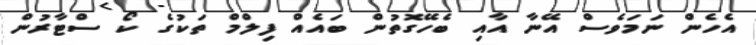
އެހެން ނަމަވެސް އޭނާ އާއި ބެހޭގޮތުން ބައެއް ފިލްމް ތަކުގެ ކޯ ސްޓާރުން